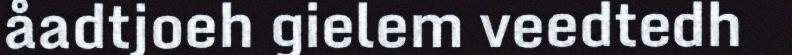
åadtjoeh gielem veedtedh